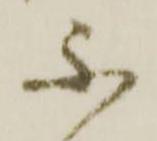
不